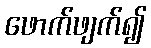
ဖောက်ဖျက်၍